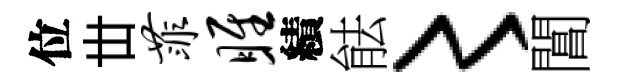
位丗菲雎績䏻〻閶